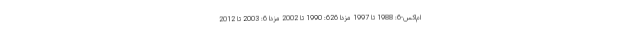
ام‌اکس-6: 1988 تا 1997 مزدا 626: 1990 تا 2002 مزدا 6: 2003 تا 2012